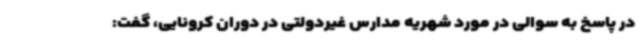
در پاسخ به سوالی در مورد شهریه مدارس غیردولتی در دوران کرونایی، گفت: